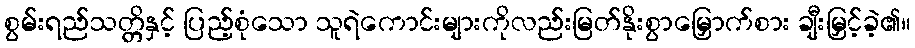
စွမ်းရည်သတ္တိနှင့် ပြည့်စုံသော သူရဲကောင်းများကိုလည်းမြတ်နိုးစွာမြှောက်စား ချီးမြှင့်ခဲ့၏။